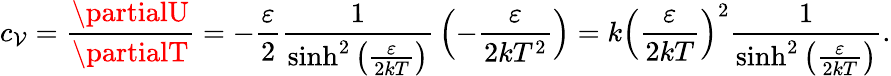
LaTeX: c_{\mathcal{V}}={\frac{{\partialU}}{{\partialT}}}=-{\frac{{\varepsilon}}{{2}}}{\frac{{1}}{{\sinh^{2}\left({\frac{{\varepsilon}}{{2kT}}}\right)}}}\left(-{\frac{{\varepsilon}}{{2kT^{2}}}}\right)=k\left({\frac{{\varepsilon}}{{2kT}}}\right)^{2}{\frac{{1}}{{\sinh^{2}\left({\frac{{\varepsilon}}{{2kT}}}\right)}}}.